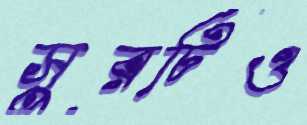
সুরটিও